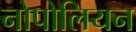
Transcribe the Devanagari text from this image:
नोपोलियन